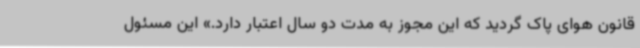
قانون هوای پاک گردید که این مجوز به مدت دو سال اعتبار دارد.» این مسئول